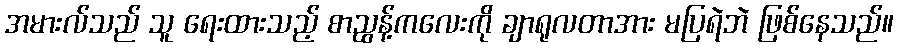
အမားလ်သည် သူ ရေးထားသည့် စာညွန့်ကလေးကို ချာရုလတာအား မပြရဲဘဲ ဖြစ်နေသည်။